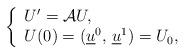
LaTeX: \begin{align*} \left\{\begin{array}{l}U^\prime =\mathcal{A} U,\\U(0)=(\underline{u}^{0},\,\underline{u}^{1})=U_0,\end{array}\right.\end{align*}